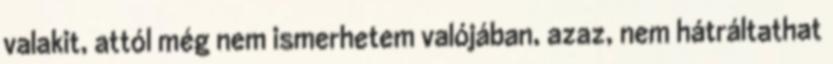
valakit, attól még nem ismerhetem valójában, azaz, nem hátráltathat